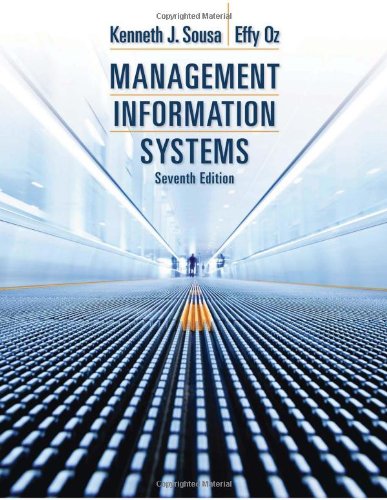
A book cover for Management Information Systems; Ken J. Sousa; Computers & Technology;